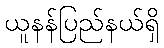
ယူနန်ပြည်နယ်ရှိ